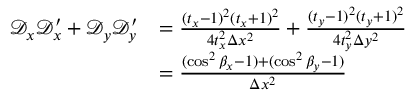
\begin{array} { r l } { \mathscr D _ { x } \mathscr D _ { x } ^ { \prime } + \mathscr D _ { y } \mathscr D _ { y } ^ { \prime } } & { = \frac { ( t _ { x } - 1 ) ^ { 2 } ( t _ { x } + 1 ) ^ { 2 } } { 4 t _ { x } ^ { 2 } \Delta x ^ { 2 } } + \frac { ( t _ { y } - 1 ) ^ { 2 } ( t _ { y } + 1 ) ^ { 2 } } { 4 t _ { y } ^ { 2 } \Delta y ^ { 2 } } } \\ & { = \frac { ( \cos ^ { 2 } \beta _ { x } - 1 ) + ( \cos ^ { 2 } \beta _ { y } - 1 ) } { \Delta x ^ { 2 } } } \end{array}